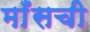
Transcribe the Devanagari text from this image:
माँसची